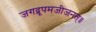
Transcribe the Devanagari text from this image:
जगद्रूपमजीजनत्॥